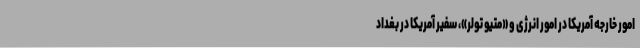
امور خارجه آمریکا در امور انرژی و «متیو تولر»، سفیر آمریکا در بغداد